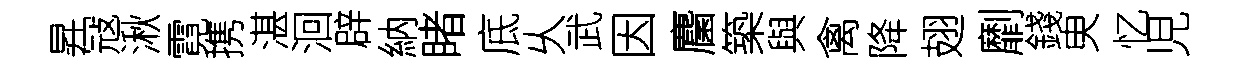
昇冦湫霓携湛洄辟納睹底乆武因麕築與禽降翅劘錢㬰忆児